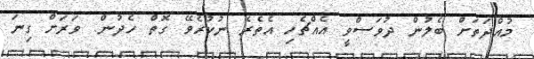
މުއްދަތަށް ބެލުން ދުވަސްވީ އެއްޗެހި އެތެރެ ނުކުރެވޭ ގޮތް ހެދުން. ވަރަށް ގިނަ